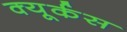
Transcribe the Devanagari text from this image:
क्यूर्कस